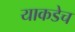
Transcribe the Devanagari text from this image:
याकडेच